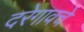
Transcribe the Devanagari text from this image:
दरेगावचे